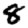
Digit: 8